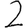
Digit: 2